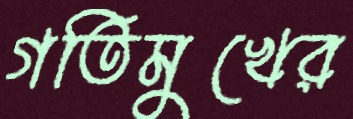
গতিমুখের